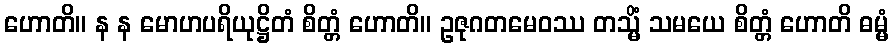
ဟောတိ။ န န မောဟပရိယုဋ္ဌိတံ စိတ္တံ ဟောတိ။ ဥဇုဂတမေဝဿ တသ္မိံ သမယေ စိတ္တံ ဟောတိ ဓမ္မံ